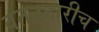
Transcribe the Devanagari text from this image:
वतनदारीच